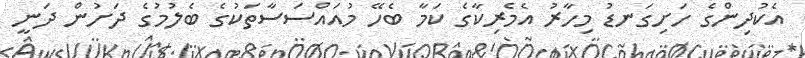
އެކުދިންގެ ހަށިގަނޑު މިހާރު އެމެރިކާގެ ކަމާ ބެހޭ މުއައްސަސާތަކުގެ ބެލުމުގެ ދަށުން ދަނީ